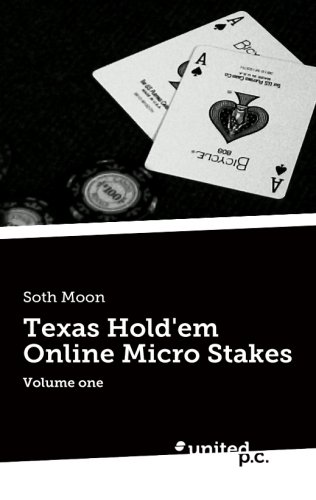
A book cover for Texas Hold'em Online Micro Stakes: Volume One; Soth Moon; Health, Fitness & Dieting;